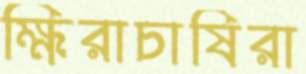
ক্ষিরাচাষিরা